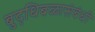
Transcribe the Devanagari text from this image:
बुद्धिबळासंबंधी